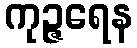
ကုဉ္ဇရေန